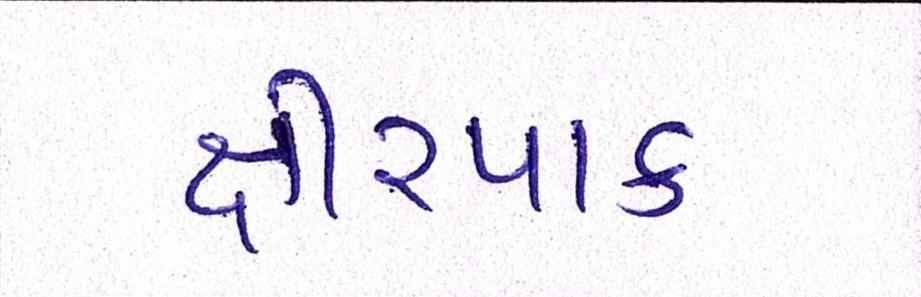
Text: ક્ષીરપાક